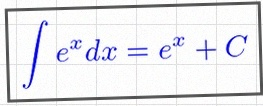
\int e^x dx=e^x+C